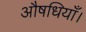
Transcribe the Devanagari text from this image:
औषधियाँ।